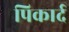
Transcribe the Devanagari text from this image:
पिकार्द